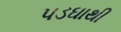
પડઘાથી